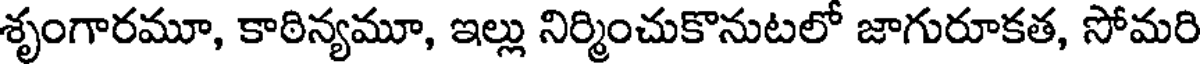
శృంగారమూ, కాఠిన్యమూ, ఇల్లు నిర్మించుకొనుటలో జాగురూకత, సోమరి